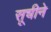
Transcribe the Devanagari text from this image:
सूचीने